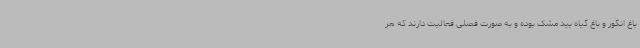
باغ انگور و باغ گیاه بید مشک بوده و به صورت فصلی فعالیت دارند که هر